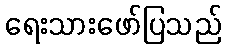
ရေးသားဖော်ပြသည်